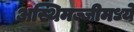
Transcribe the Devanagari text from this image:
अस्थिमज्जीमध्ये